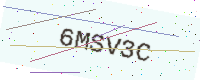
Text: 6MSV3C